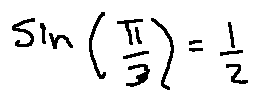
\sin ( \frac { \pi } { 3 } ) = \frac { 1 } { 2 }